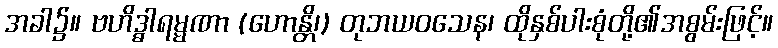
အခါ၌။ ဗဟိဒ္ဓါရမ္မဏာ (ဟောန္တိ၊) တုဘယဝသေန၊ ထိုနှစ်ပါးစုံတို့၏အစွမ်းဖြင့်။